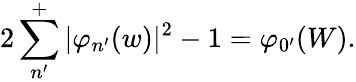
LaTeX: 2\sum_{n^{\prime}}^{+}|\varphi_{n^{\prime}}(w)|^{2}-1=\varphi_{0^{\prime}}(W).